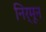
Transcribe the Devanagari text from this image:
निर्मून